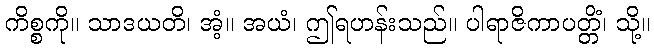
ကိစ္စကို။ သာဒယတိ၊ အံ့။ အယံ၊ ဤရဟန်းသည်။ ပါရာဇိကာပတ္တိံ၊ သို့။